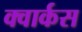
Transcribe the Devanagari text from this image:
क्वार्कस